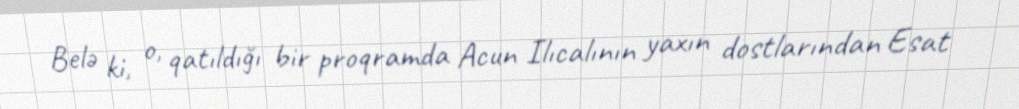
Belə ki, o, qatıldığı bir proqramda Acun Ilıcalının yaxın dostlarından Esat